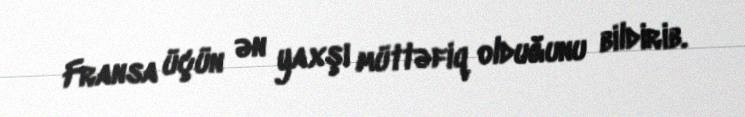
Fransa üçün ən yaxşı müttəfiq olduğunu bildirib.